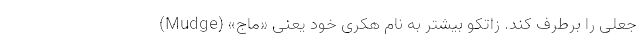
جعلی را برطرف کند. زاتکو بیشتر به نام هکری خود یعنی «ماج» (Mudge)